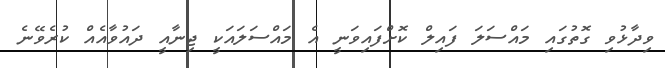
ވިދާޅުވި ގޮތުގައި މައްސަލަ ފައިލް ކޮށްފައިވަނީ އެ މައްސަލައަކީ ޖިނާއީ ދައުވާއެއް ކުރެވޭނެ